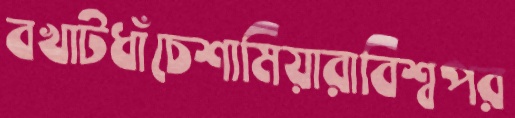
বখাটধাঁচেশামিয়ারাবিশ্বপর